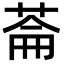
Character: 菕